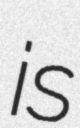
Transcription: is